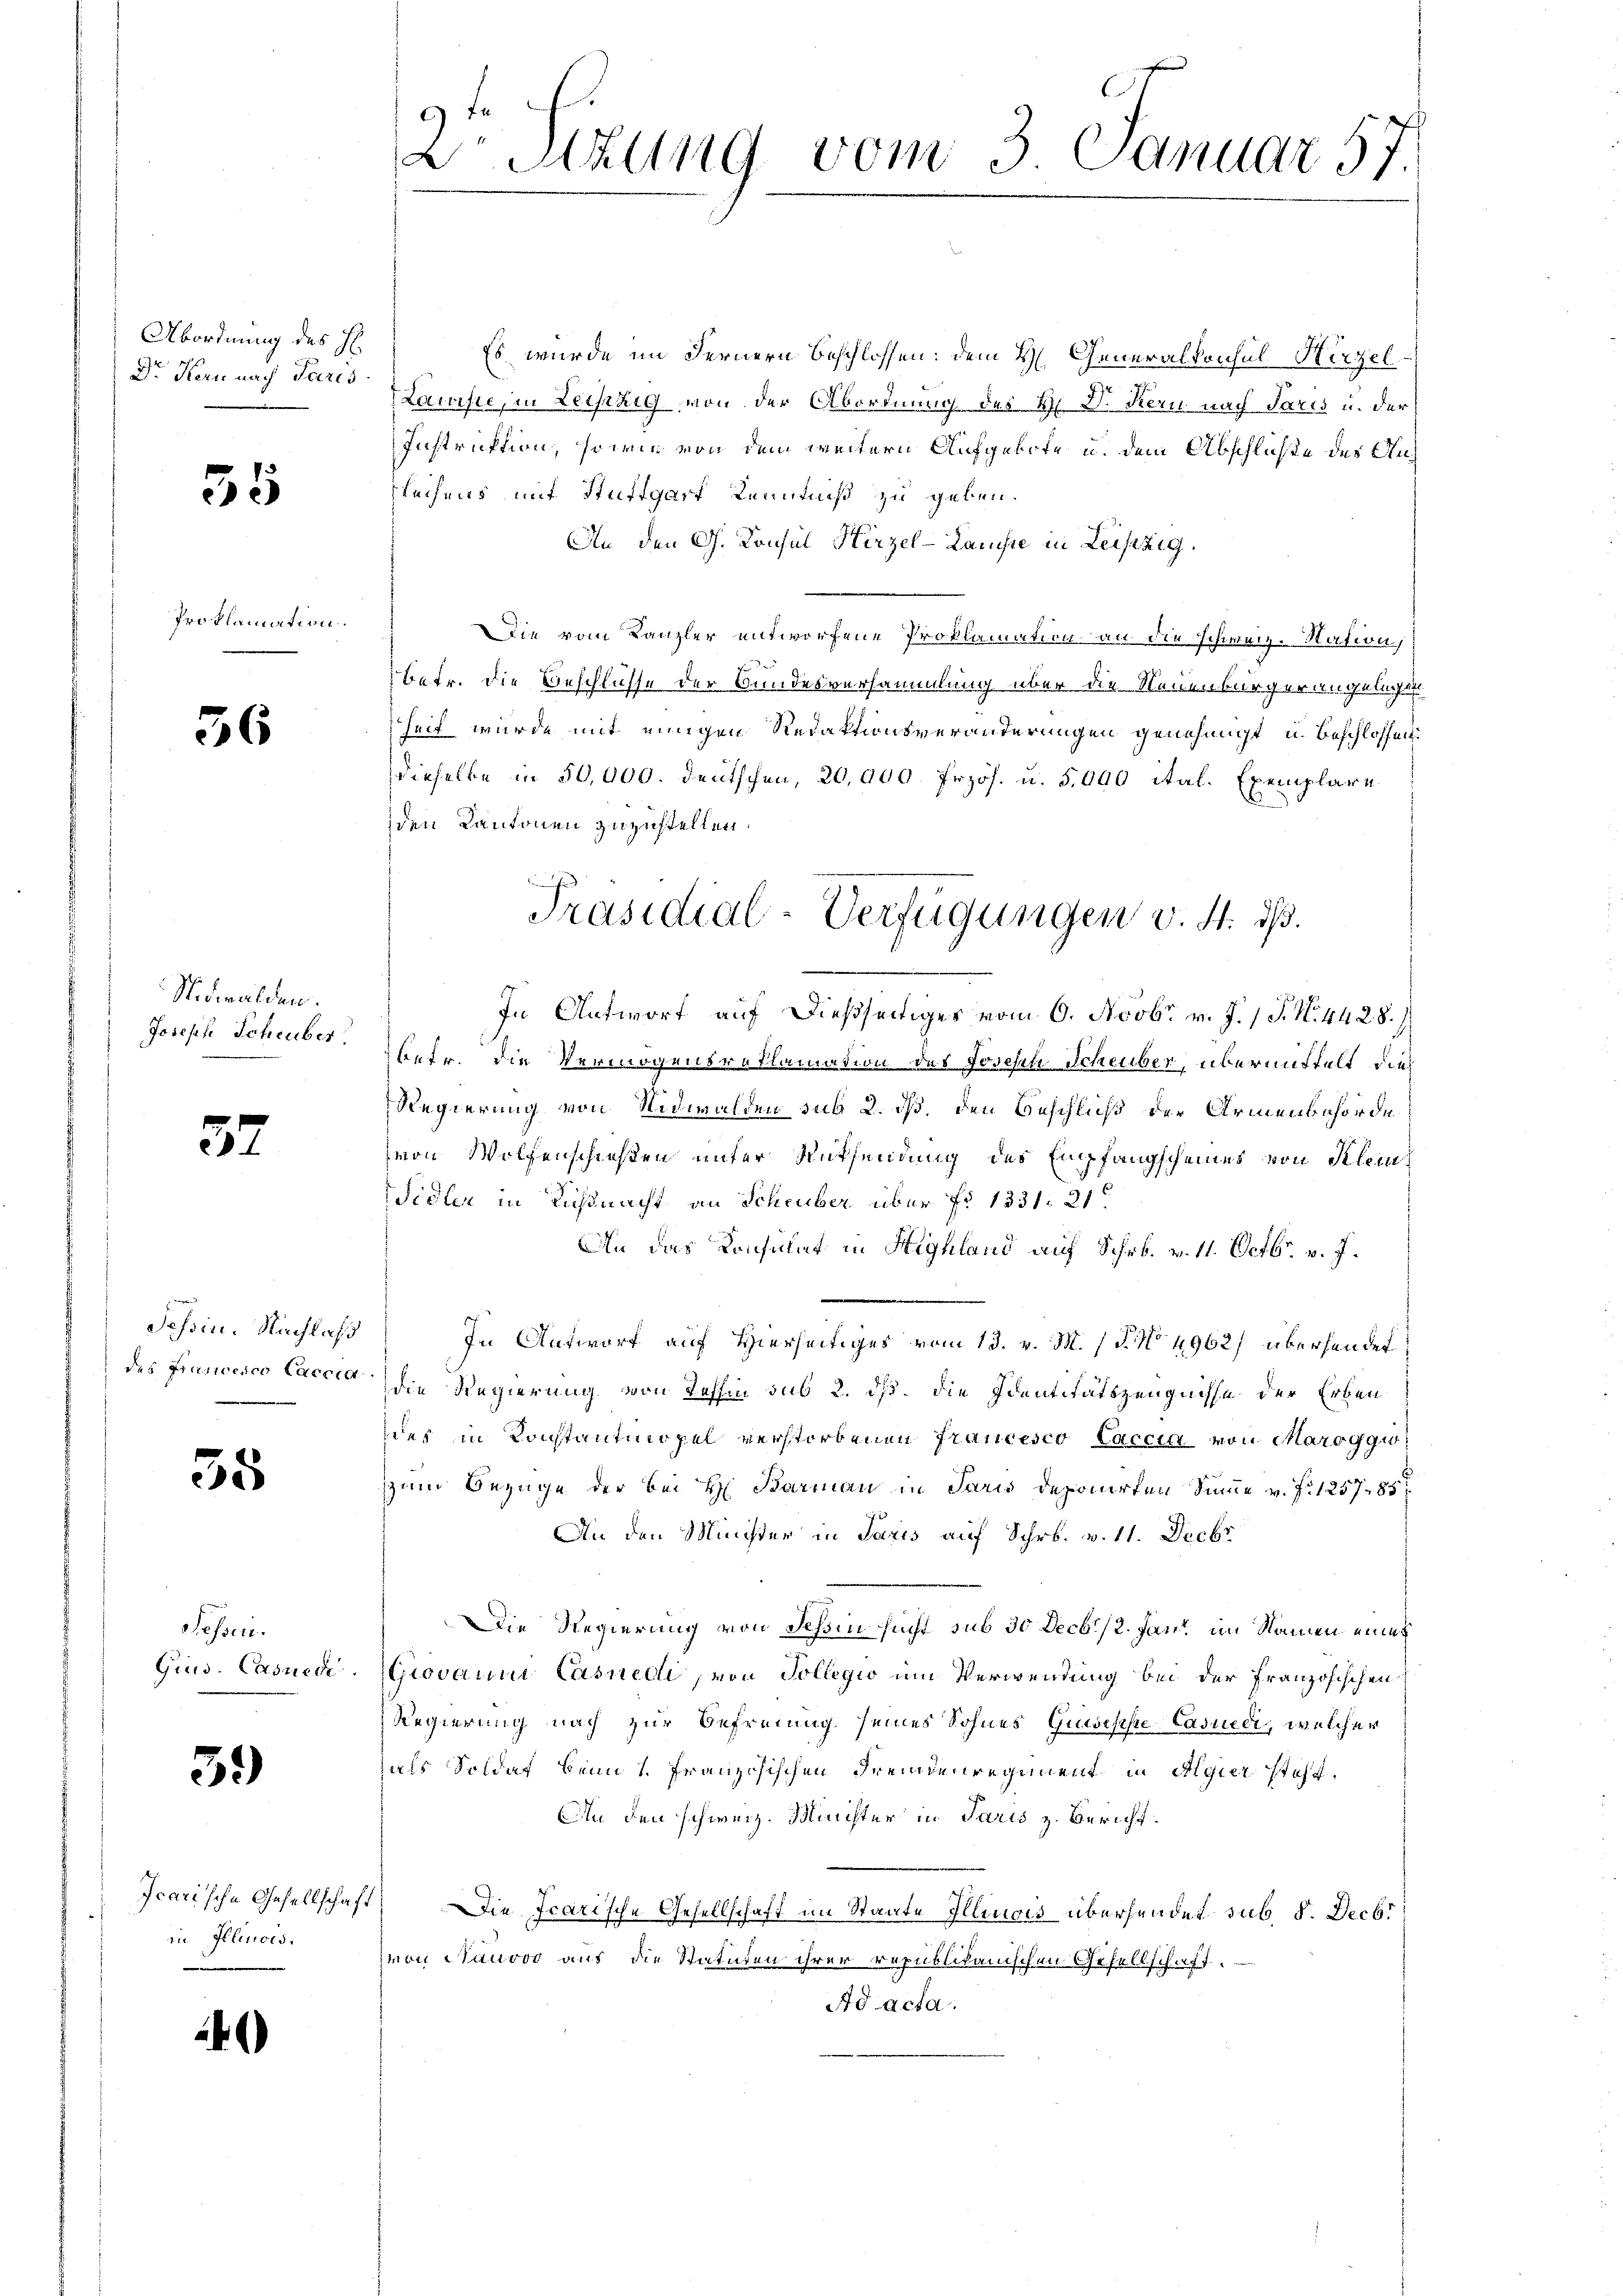
Abordnung des H
Dr. Kern nach Paris

35

Proklamation.

36

Nidwalden.
Joseph Scheuber

37

Tessin. Nachlass
des Francesco Caccia

35

Fessen.
Gius. Casuedi

59)

Icarische Gesellschaft
in Illinois.

)

f
2r Sitzung vom 3. Januar 57.

Es wurde im Fernern beschlossen: dem H. Generalkonsul Hirzel
.

Lawifie, in Leistig von der Abordnung des H. D. Kern nach Paris u. der
Instruktion, sowie von dem weitern Aufgelofe u. dem Abschluße des Ansrechens mit Stuttgart Kenntniß zu geben.
An den G. Konsul Hirzel-Lauisse in Leistig.
Die vom Kanzler entworfene Proklamation an die Schweiz. Station
betr. die Beschlüsse der Bundesversammlung über die Neuenburger angelegen
heit wurde mit einigen Redaktionsveränderungen genehmigt u. beschlossen:
dieselbe in 50,000. deutschen, 20,000. Frzös. u. 5,000 ital. Exemplare
den Kantonen zuzustellen.
In Antwort auf dießseitiges vom 6. Novbr. v. J. 1 S. Nr. 4428.
betr. die Vermögensreklamation des Joseph Scheuber, übermittelt die
Regierung von Nidwalden sub 2. dß. den Beschluß der Armenbehörde
von Wolfenschießen unter Rücksendung des Empfangscheines von Kleini
idler in Lichtnacht an Scheuber über fo 1331. 31
An das Konsulat in Highland auf Schr. v. 11. Octbr. v. J.
In Antwort auf Hierseitiges vom 13. v. M. 1 P. No 4962) übersendet
die Regierung von Tessin sub 2. dß. die Identitätszeugnisse der Erben
des in Konstantmopel verstorbenen Francesco Laccia von Maroggi
zzum Bezüge der bei H. Barman in Paris deponirten Summe v. J. 125785
An den Minister in Paris auf Schr. v. 11. Decbr
Die Regierung von Teßin sucht sub 30 Decb./2. Jan im Namen eines
Giovanni Casnelli von Sollegio um Verwendung bei der Französischen
Regierung nach zur Befreiung seines Sohnes Guwesse-Casuedi, welcher
als Soldat beim 1. Französischen Freunden regiment in Meier stoff
Ain den schweiz. Münster in Paris z. Bericht.
Die Irarische Gesellschaft im Staate Illinois übersendet sub. 8. Decbr
von Nauvoo aus die Statuten ihrer republikanischen Gesellschaft.
Ad acta.

Präsidial-Verfügungen v. 4. dß.